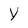
Character: Y